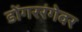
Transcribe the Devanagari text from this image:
डोंगररंगेवर